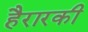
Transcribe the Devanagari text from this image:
हैरारकी